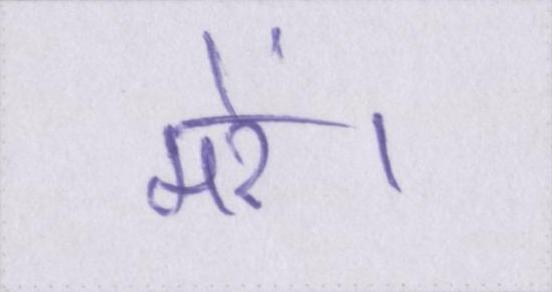
मरें।